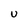
Character: U